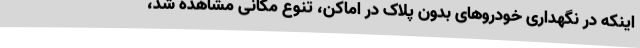
اینکه در نگهداری خودروهای بدون پلاک در اماکن، تنوع مکانی مشاهده شد،